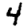
Digit: 4